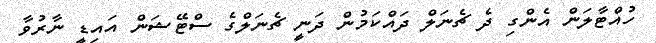
ހުއްޓާލަން އެންގި ދެ ޗެނަލް ދައްކަމުން ދަނީ ޗެނަލްގެ ސްޓޭޝަން އައިޑީ ނާރުވާ